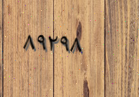
٨٩٢٩٨